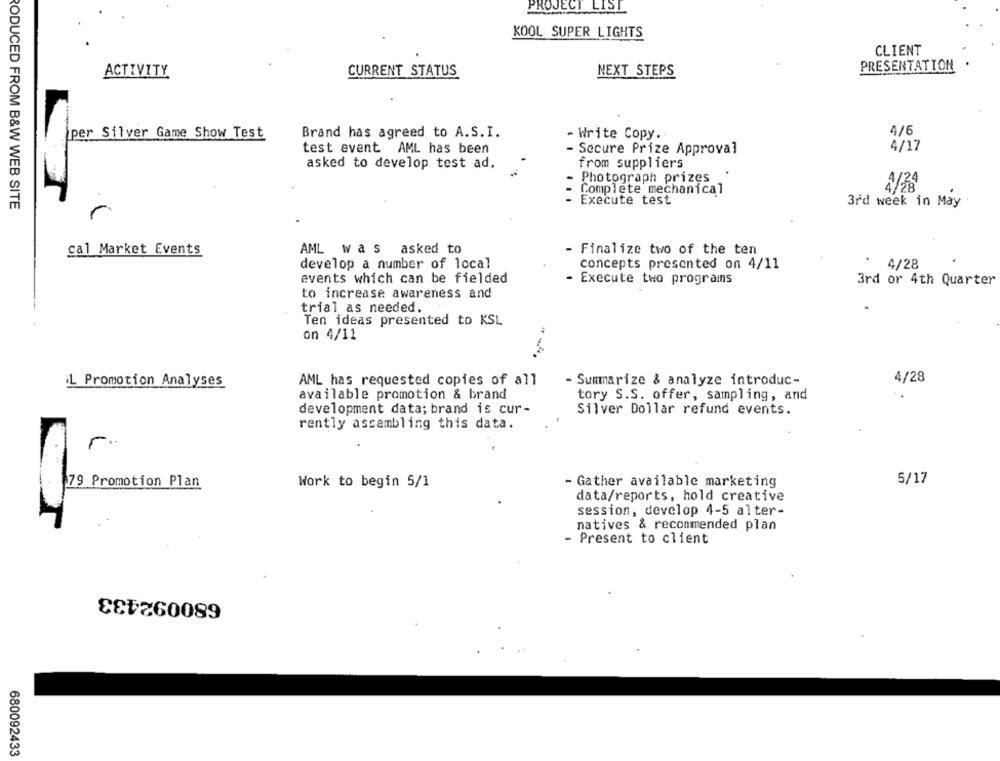
PROJECT LIST
KOOL SUPER LIGHTS
CLIENT
PRESENTATION
ACTIVITY
CURRENT STATUS
NEXT STEPS
per Silver Game Show Test
Brand has agreed to A.S.I.
- Write Copy.
4/6
test event AML has been
- Secure Prize Approval
4/17
asked to develop test ad.
from suppliers
Photograph prizes
Complete mechanical
Execute test
3rd week in May
PODUCED FROM B&W WEB SITE
r
cal Market Events
AML was asked to
- Finalize two of the ten
develop a number of local
concepts presented on 4/11
4/28
events which can be fielded
- Execute two programns
3rd or 4th Quarter
to increase awareness and
trial as needed.
Ten ideas presented to KSL
on 4/11
4/28
iL Promotion Analyses
AML has requested copies of all
- Summarize & analyze introduc-
available promotion & brand
tory S.S. offer, sampling, and
development data; brand is cur-
Silver Dollar refund events.
rently assembling this data.
r.
79 Promotion Plan
Work to begin 5/1
- Gather available marketing
5/17
data/reports, hold creative
session, develop 4-5 alter-
natives & recommended plan
- Present to client
680092433
680092433